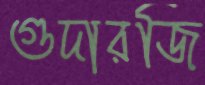
গুদারজি